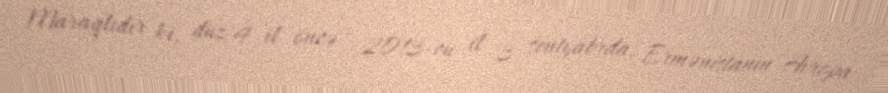
Maraqlıdır ki, düz 4 il öncə - 2013-cü il 3 sentyabrda, Ermənistanın Avropa